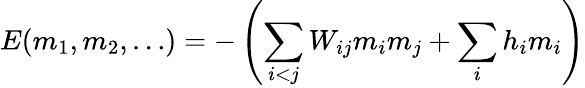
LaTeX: E(m_{1},m_{2},\ldots)=-\left(\sum_{i<j}{W_{ij}m_{i}m_{j}}+\sum_{i}{h_{i}m_{i}}\right)